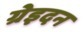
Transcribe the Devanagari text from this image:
ग्रेइदन